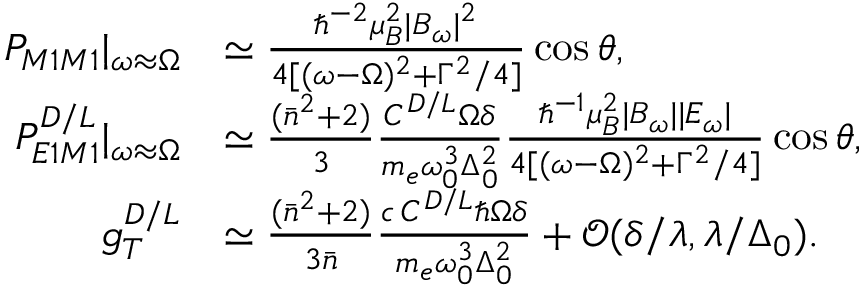
\begin{array} { r l } { P _ { M 1 M 1 } | _ { \omega \approx \Omega } } & { \simeq \frac { \hbar ^ { - 2 } \mu _ { B } ^ { 2 } | B _ { \omega } | ^ { 2 } } { 4 [ ( \omega - \Omega ) ^ { 2 } + \Gamma ^ { 2 } / 4 ] } \cos { \theta } , } \\ { P _ { E 1 M 1 } ^ { D / L } | _ { \omega \approx \Omega } } & { \simeq \frac { ( \bar { n } ^ { 2 } + 2 ) } { 3 } \frac { C ^ { D / L } \Omega \delta } { m _ { e } \omega _ { 0 } ^ { 3 } \Delta _ { 0 } ^ { 2 } } \frac { \hbar ^ { - 1 } \mu _ { B } ^ { 2 } | B _ { \omega } | | E _ { \omega } | } { 4 [ ( \omega - \Omega ) ^ { 2 } + \Gamma ^ { 2 } / 4 ] } \cos { \theta } , } \\ { g _ { T } ^ { D / L } } & { \simeq \frac { ( \bar { n } ^ { 2 } + 2 ) } { 3 \bar { n } } \frac { c \, C ^ { D / L } \hbar \Omega \delta } { m _ { e } \omega _ { 0 } ^ { 3 } \Delta _ { 0 } ^ { 2 } } + \mathcal { O } ( \delta / \lambda , \lambda / \Delta _ { 0 } ) . } \end{array}